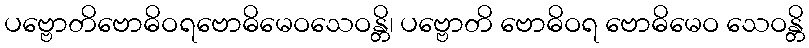
ပဗ္ဗောတိဗောဓိဝရဗောဓိမေဝသေဝန္တိ၊ ပဗ္ဗောတိ ဗောဓိဝရ ဗောဓိမေဝ သေဝန္တိ